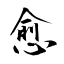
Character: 愈